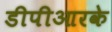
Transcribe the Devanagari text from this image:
डीपीआरके